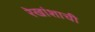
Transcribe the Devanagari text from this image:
रेखांशाची